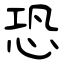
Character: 恐